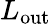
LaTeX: L_{\mathrm{out}}